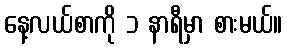
နေ့လယ်စာကို ၁ နာရီမှာ စားမယ်။